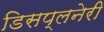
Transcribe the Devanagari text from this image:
डिसप्लनेरी